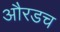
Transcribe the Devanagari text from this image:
औरडच